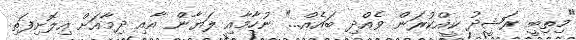
"މިތިބީ ރަޝީދު ކީއްކުރަން ވެއްދި ބައެއް..." ނުހާމާއި ލަޔާން އާއި ދިމާއަށް އިލޮށިފަތި